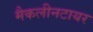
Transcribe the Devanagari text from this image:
मैकलीनटायर